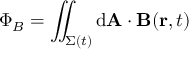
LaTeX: \Phi _ { B } = \iint _ { \Sigma ( t ) } \mathrm { d } \mathbf { A } \cdot \mathbf { B } ( \mathbf { r } , t )